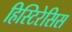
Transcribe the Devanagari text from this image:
हिस्टिरेसिस